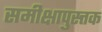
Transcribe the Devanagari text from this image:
समीक्षापुस्त्तक